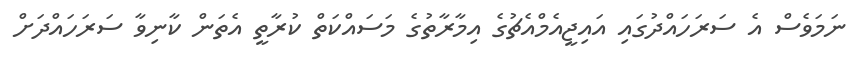
ނަމަވެސް އެ ސަރަހައްދުގައި އައިޖީއެމްއެޗުގެ އިމާރާތުގެ މަސައްކަތް ކުރާތީ އެތަން ކާނިވާ ސަރަހައްދަށް